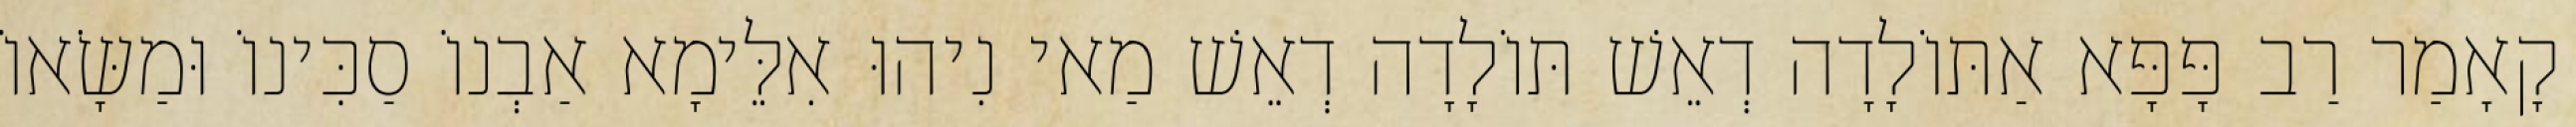
קָאָמַר רַב פָּפָּא אַתּוֹלָדָה דְאֵשׁ תּוֹלָדָה דְאֵשׁ מַאי נִיהוּ אִלֵּימָא אַבְנוֹ סַכִּינוֹ וּמַשָּׂאוֹ